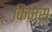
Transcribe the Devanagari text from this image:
किम्स